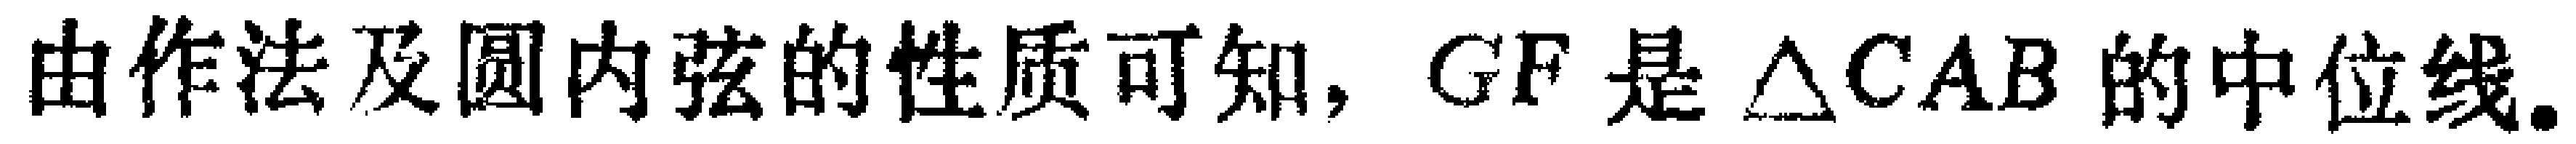
由作法及圆内弦的性质可知, $GF$ 是 $\triangle CAB$ 的中位线.